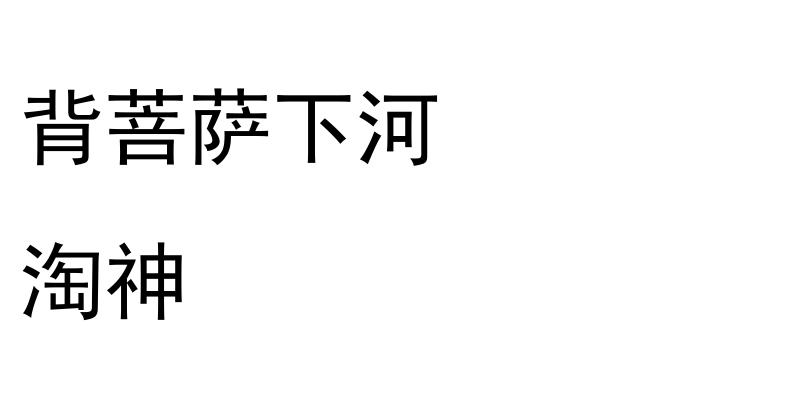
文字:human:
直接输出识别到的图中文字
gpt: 背菩萨下河 淘神